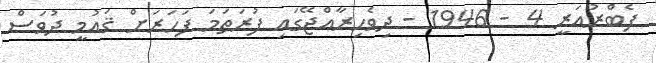
ފެބްރުއަރީ 4 - 1946 - ދިވެހިރާއްޖޭގައި ފުރަތަމަ ފަހަރަށް ޤައުމީ ދުވަސް